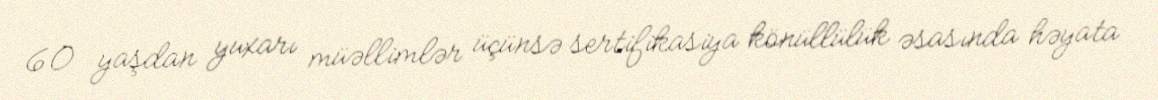
60 yaşdan yuxarı müəllimlər üçünsə sertifikasiya könüllülük əsasında həyata